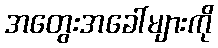
အတွေးအခေါ်များကို